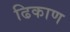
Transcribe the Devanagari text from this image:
ढिकाण